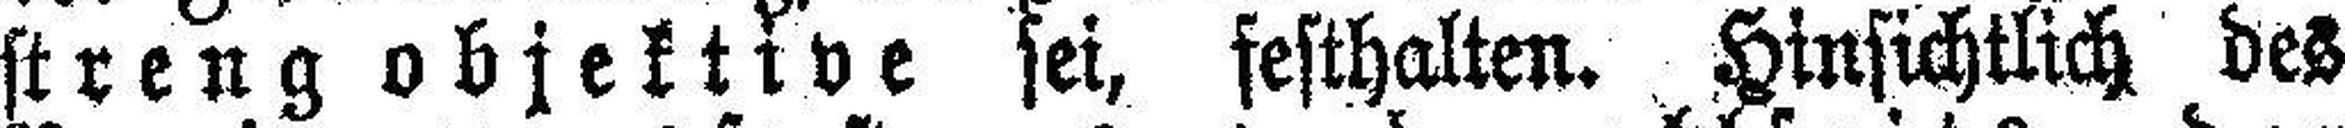
streng objektive sei, festhalten. Hinsichtlich des